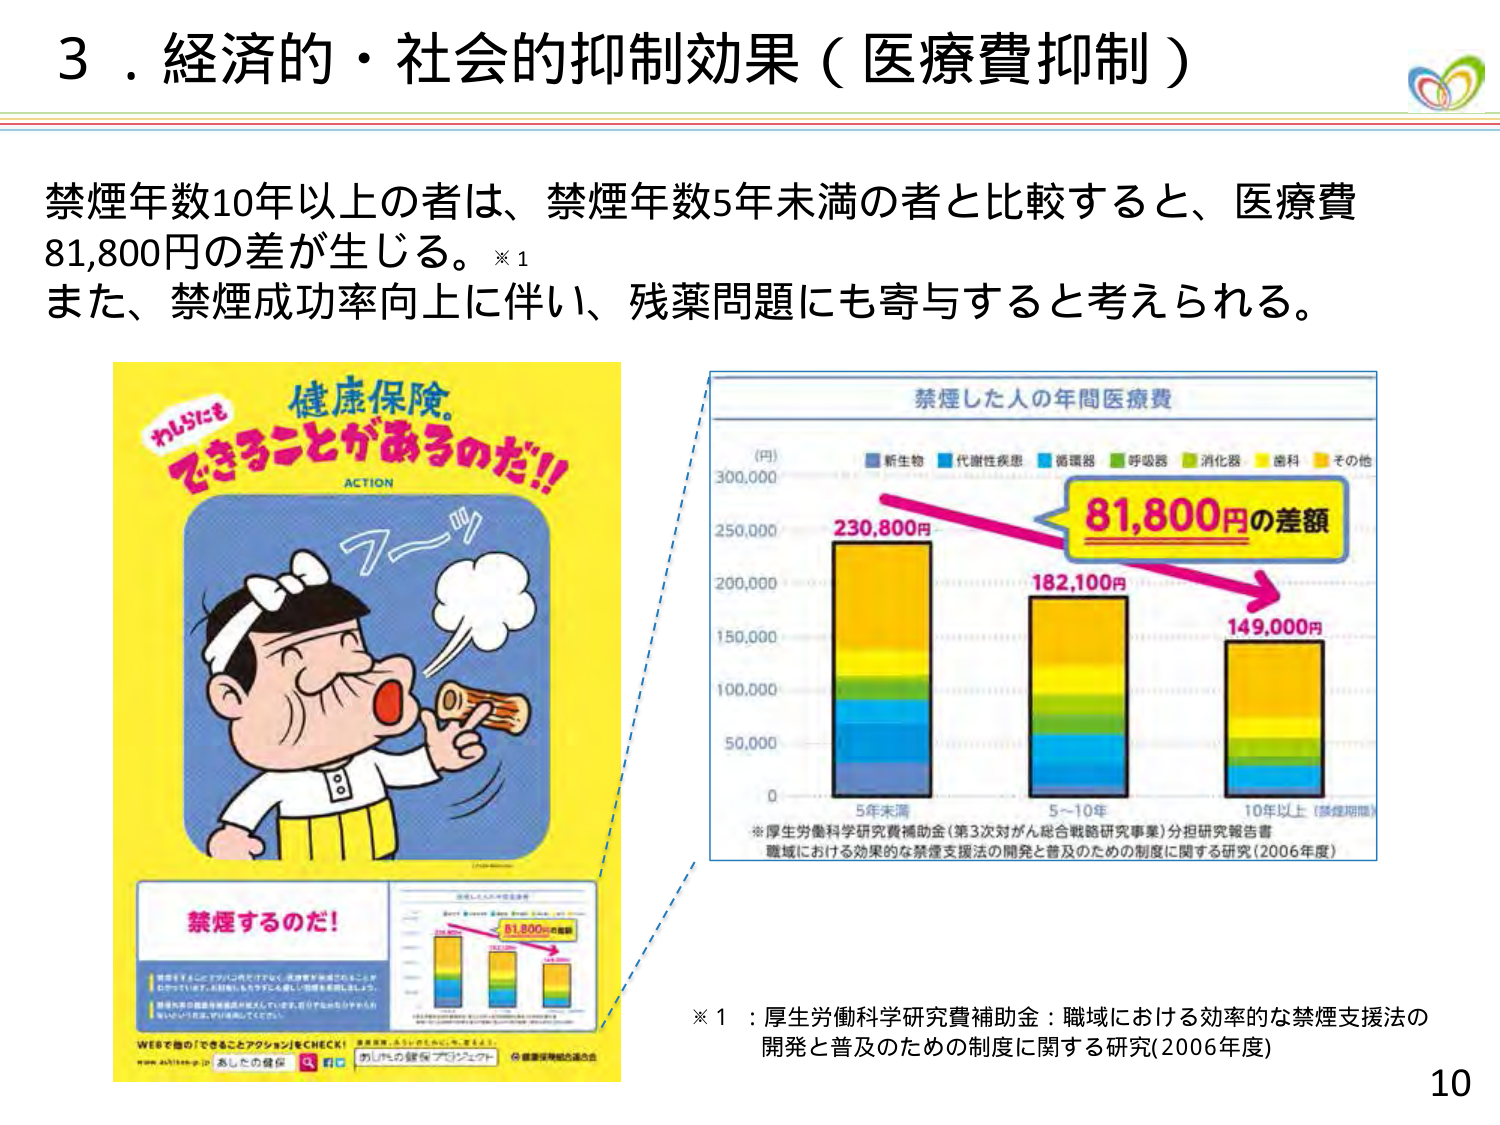
3．経済的・社会的抑制効果（医療費抑制）

禁煙年数10年以上の者は、禁煙年数5年未満の者と比較すると、医療費81,800円の差が生じる。※1
また、禁煙成功率向上に伴い、残薬問題にも寄与すると考えられる。

わしだにも
健康保険。
できることがあるのだ!!
ACTION

禁煙するのだ！

WEBで他の「できることアクション」をCHECK！
www.ashitano-kenko.jp
あしたの健康
あしたの健康プロジェクト
健康保険組合連合会

禁煙した人の年間医療費

(円)
300,000
250,000
200,000
150,000
100,000
50,000
0

5年未満
230,800円

5～10年
182,100円

10年以上（禁煙期間）
149,000円

81,800円の差額

■ 新生物 ■ 代謝性疾患 ■ 循環器 ■ 呼吸器 ■ 消化器 ■ 歯科 ■ その他

※厚生労働科学研究費補助金（第3次対がん総合戦略研究事業）分担研究報告書
職域における効率的な禁煙支援法の開発と普及のための制度に関する研究（2006年度）

※1：厚生労働科学研究費補助金：職域における効率的な禁煙支援法の開発と普及のための制度に関する研究（2006年度）

10